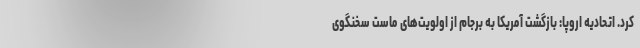
کرد. اتحادیه اروپا: بازگشت آمریکا به برجام از اولویت‌های ماست سخنگوی